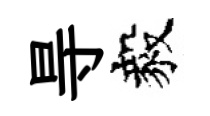
㝵毅